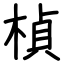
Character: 楨